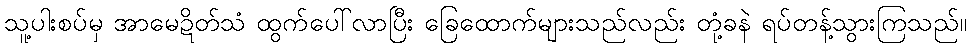
သူ့ပါးစပ်မှ အာမေဍိတ်သံ ထွက်ပေါ်လာပြီး ခြေထောက်များသည်လည်း တုံ့ခနဲ ရပ်တန့်သွားကြသည်။